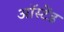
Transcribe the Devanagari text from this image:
ऑस्टेंड